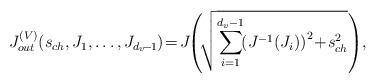
LaTeX: \begin{align*}J_{out}^{(V)}\!\left (s_{ch},J_{1},\ldots,J_{d_v\!-\!1}\right )\!=\!J\!\!\left (\!\sqrt{\sum_{i=1}^{d_v-1}\!\!\left (J^{-1}(J_{i})\right )^2\!+\!s_{ch}^2}\right )\!,\end{align*}